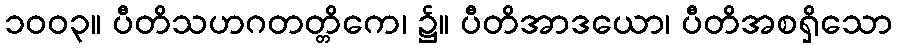
၁၀၀၃။ ပီတိသဟဂတတ္တိကေ၊ ၌။ ပီတိအာဒယော၊ ပီတိအစရှိသော